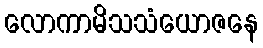
လောကာမိသသံယောဇနေ